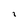
Character: i